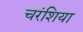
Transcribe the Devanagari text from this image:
चरंशिया